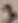
Text: 3